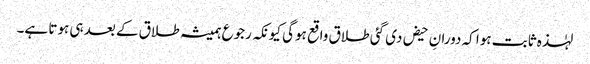
لہٰذہ ثابت ہوا کہ دورانِ حیض دی گئی طلاق واقع ہوگی کیونکہ رجوع ہمیشہ طلاق کے بعد ہی ہوتا ہے۔